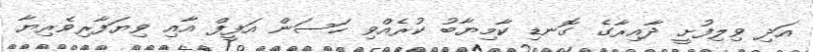
އަދި ވިލިފުށީ ދާއިރާގެ ގޮނޑި ކާމިޔާބު ކުރެއްވި ހަސަން އަފީފް އާއި ވިޔަފާރިވެރިޔާ